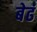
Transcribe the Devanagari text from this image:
बेढं